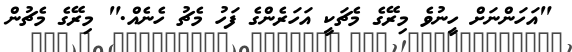
"އަހަންނަށް ހީނުވެ މިރޭގެ މެޗަކީ އަހަރެންގެ ފަހު މެޗު ހެނެެއް." މިރޭގެ މެޗުން